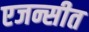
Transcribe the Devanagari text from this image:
एजन्सीत